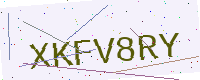
Text: XKFV8RY